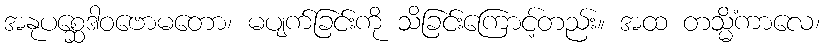
အနုပစ္ဆေဒါဝဗောမတော၊ မပျက်ခြင်းကို သိခြင်းကြောင့်တည်း။ အထ တသ္မိံကာလေ၊